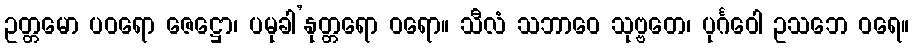
ဥတ္တမော ပဝရော ဇေဋ္ဌော၊ ပမုခါ’နုတ္တရော ဝရော။ သီလံ သဘာဝေ သုဗ္ဗတေ၊ ပုင်္ဂဝေါ ဥသဘေ ဝရေ။